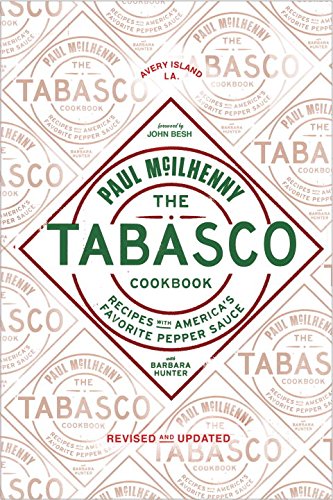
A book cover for The Tabasco Cookbook: Recipes with America's Favorite Pepper Sauce; Paul McIlhenny; Cookbooks, Food & Wine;